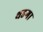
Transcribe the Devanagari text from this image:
थडगा